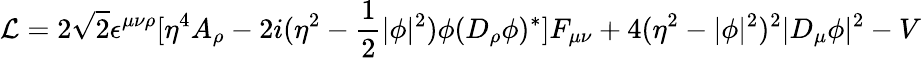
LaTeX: {\cal L}=2\sqrt{2}\epsilon^{\mu\nu\rho}[\eta^{4}A_{\rho}-2i(\eta^{2}-\frac{1}{2}\vert\phi\vert^{2})\phi(D_{\rho}\phi)^{*}]F_{\mu\nu}+4(\eta^{2}-\vert\phi\vert^{2})^{2}\vert D_{\mu}\phi\vert^{2}-V